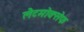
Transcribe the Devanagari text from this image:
लैटमोक्सेफ